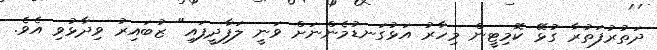
ދަތުރުފަތުރާ ގުޅޭ ކޮމިޓީން މިހާރު އަޅުގަނޑުމެންނަށް ވަނީ ލަފާދީފައި" ޒުބައިރު ވިދާޅުވި އެވެ.